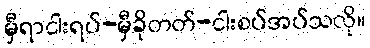
မှီရာငါးရပ်-မှီခိုတတ်-ငါးစပ်အပ်သလို။